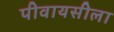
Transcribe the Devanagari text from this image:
पीवायसीला